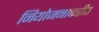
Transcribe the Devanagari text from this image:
नियोजनाकरीत